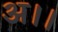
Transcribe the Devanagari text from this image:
अ।।